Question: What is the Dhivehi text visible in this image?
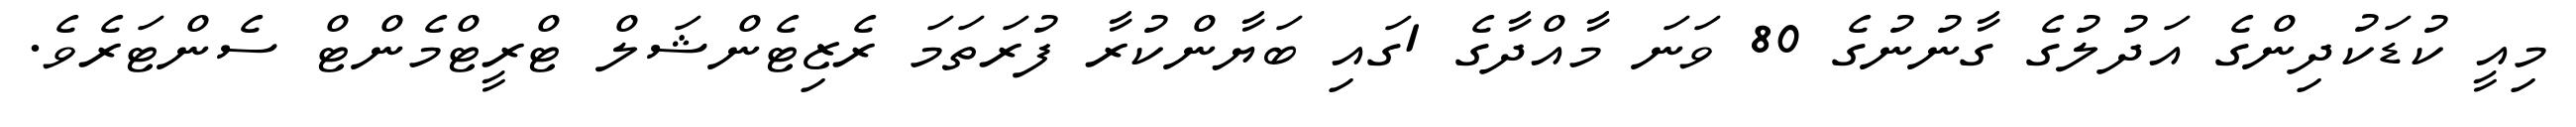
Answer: މިއީ ކުޑަކުދިންގެ އަދުލުގެ ގާނުނުގެ 80 ވަނަ މާއްދާގެ 1ގައި ބަޔާންކުރާ ފުރަތަމަ ރެޒިޓެންޝަލް ޓްރީޓްމެންޓް ސެންޓަރެވެ.